Indian journal of veterinary science and animal husbandry - Volumes 28-29, 1958-1959
Year: 1958
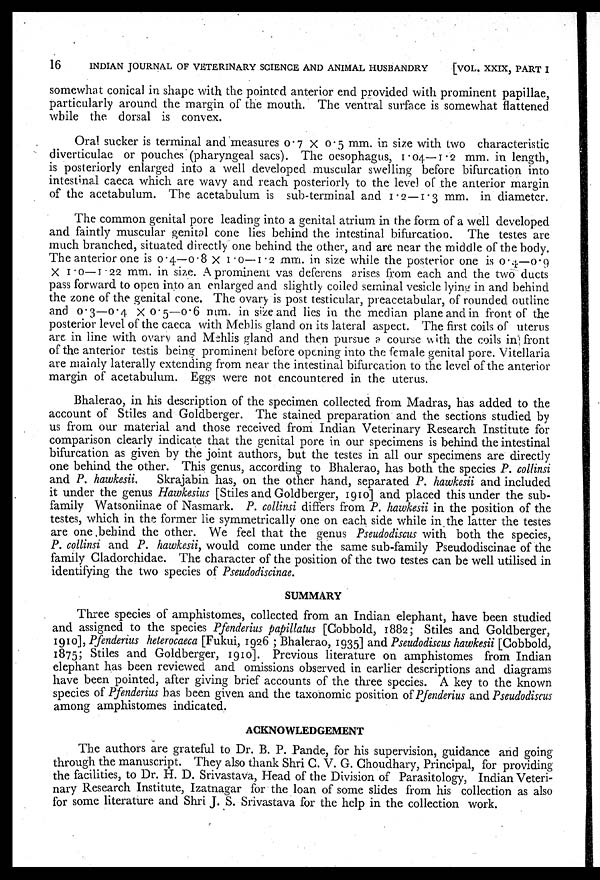
16
INDIAN JOURNAL OF VETERINARY SCIENCE AND ANIMAL HUSBANDRY
[VOL. XXIX, PART I
somewhat conical in shape with the pointed anterior end provided with prominent papillae,
particularly around the margin of the mouth. The ventral surface is somewhat flattened
while the dorsal is convex.
Oral sucker is terminal and measures 0.7 × 0.5 mm. in size with two characteristic
diverticulae or pouches (pharyngeal sacs). The oesophagus, 1.04—1.2 mm. in length,
is posteriorly enlarged into a well developed muscular swelling before bifurcation into
intestinal caeca which are wavy and reach posteriorly to the level of the anterior margin
of the acetabulum. The acetabulum is sub-terminal and 1.2 —1.3 mm. in diameter.
The common genital pore leading into a genital atrium in the form of a well developed
and faintly muscular genital cone lies behind the intestinal bifurcation. The testes are
much branched, situated directly one behind the other, and are near the middle of the body.
The anterior one is 0.4—0.8 × 1.0—1.2 mm. in size while the posterior one is 0.4—0.9
× 1.0—1.22 mm. in size. A prominent vas deferens arises from each and the two ducts
pass forward to open into an enlarged and slightly coiled seminal vesicle lying in and behind
the zone of the genital cone. The ovary is post testicular, preacetabular, of rounded outline
and 0.3—0.4 × 0.5—0.6 mm. in size and lies in the median plane and in front of the
posterior level of the caeca with Mehlis gland on its lateral aspect. The first coils of uterus
are in line with ovary and Mehlis gland and then pursue a course with the coils in front
of the anterior testis being prominent before opening into the female genital pore. Vitellaria
are mainly laterally extending from near the intestinal bifurcation to the level of the anterior
margin of acetabulum. Eggs were not encountered in the uterus.
Bhalerao, in his description of the specimen collected from Madras, has added to the
account of Stiles and Goldberger. The stained preparation and the sections studied by
us from our material and those received from Indian Veterinary Research Institute for
comparison clearly indicate that the genital pore in our specimens is behind the intestinal
bifurcation as given by the joint authors, but the testes in all our specimens are directly
one behind the other. This genus, according to Bhalerao, has both the species P. collinsi
and P. hawkesii. Skrajabin has, on the other hand, separated P. hawkesii and included
it under the genus Hawkesius [Stiles and Goldberger, 1910] and placed this under the sub-
family Watsoniinae of Nasmark. P. collinsi differs from P. hawkesii in the position of the
testes, which in the former lie symmetrically one on each side while in the latter the testes
are one behind the other We feel that the genus Pseudodiscus with both the species,
P. collinsi and P. hawkesii, would come under the same sub-family Pseudodiscinae of the
family Cladorchidae. The character of the position of the two testes can be well utilised in
identifying the two species of Pseudodiscinae.
SUMMARY
Three species of amphistomes, collected from an Indian elephant, have been studied
and assigned to the species Pfenderius papillatus [Cobbold, 1882; Stiles and Goldberger,
1910], Pfenderius heterocaeca [Fukui, 1926 ; Bhalerao, 1935] and Pseudodiscus hawkesii [Cobbold,
1875; Stiles and Goldberger, 1910]. Previous literature on amphistomes from Indian
elephant has been reviewed and omissions observed in earlier descriptions and diagrams
have been pointed, after giving brief accounts of the three species. A key to the known
species of Pfenderius has been given and the taxonomic position of Pfenderius and Pseudodiscus
among amphistomes indicated.
ACKNOWLEDGEMENT
The authors are grateful to Dr. B. P. Pande, for his supervision, guidance and going
through the manuscript. They also thank Shri C. V. G. Choudhary, Principal, for providing
the facilities, to Dr. H. D. Srivastava, Head of the Division of Parasitology, Indian Veteri-
nary Research Institute, Izatnagar for the loan of some slides from his collection as also
for some literature and Shri J. S. Srivastava for the help in the collection work.